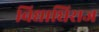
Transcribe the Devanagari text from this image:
विद्याधिराज